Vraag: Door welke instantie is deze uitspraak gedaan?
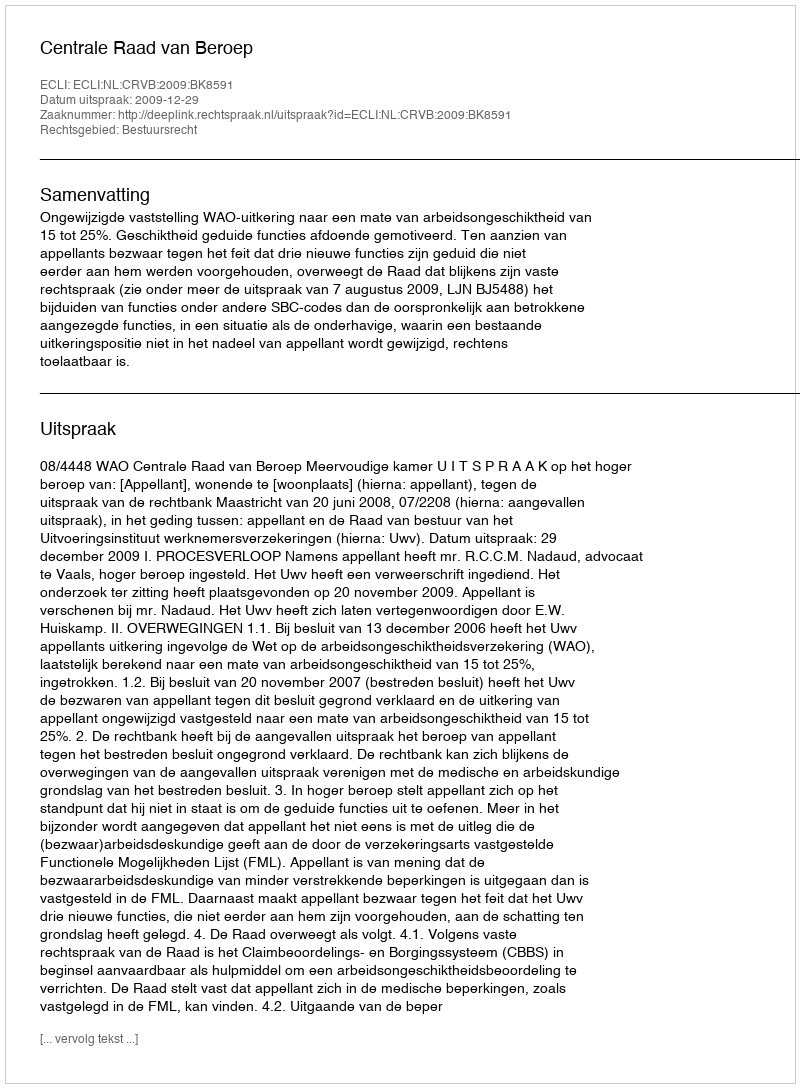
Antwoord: Centrale Raad van Beroep